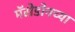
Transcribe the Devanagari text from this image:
मॅसेडोनच्या